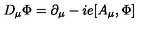
D _ { \mu } \Phi = \partial _ { \mu } - i e [ A _ { \mu } , \Phi ]